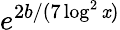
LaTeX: e^{2b/(7\log^{2}\mathit{x})}